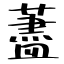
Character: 藎